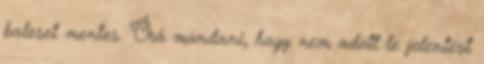
baleset mentes. Őrá mondani, hogy nem adott le jelentést